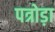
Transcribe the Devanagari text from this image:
पत्रोड़ा